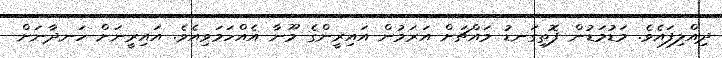
ދިއްލިފައެވެ. މަޑުމަޑުން ފޮތިގަނޑު މައްޗަށް އަރަމުން އައިރީންގެ މޫނާ އެއްހަމަވިއެވެ. އައިރީނަށް ހަނދާނަށް